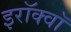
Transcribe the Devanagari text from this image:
इरॉक्वॉ